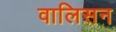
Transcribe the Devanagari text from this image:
वालिसन